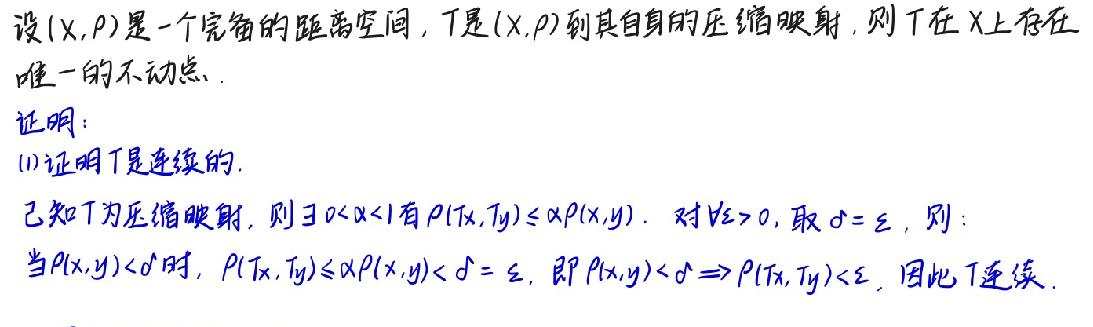
设$(X, \rho)$是一个完备的距离空间，$T$是$(X, \rho)$到其自身的压缩映射，则$T$在$X$上存在唯一的不动点.

证明：
(1)证明$T$是连续的.
已知$T$为压缩映射，则$\exists 0 < \alpha < 1$有$\rho(Tx, Ty) \leq \alpha \rho(x, y)$. 对$\forall \varepsilon > 0$，取$\delta = \varepsilon$，则：
当$\rho(x, y) < \delta$时，$\rho(Tx, Ty) \leq \alpha \rho(x, y) < \delta = \varepsilon$，即$\rho(x, y) < \delta \Rightarrow \rho(Tx, Ty) < \varepsilon$，因此$T$连续.